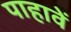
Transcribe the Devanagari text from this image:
पाहावें